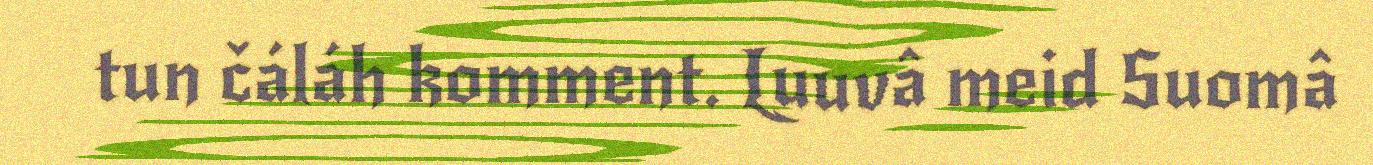
tun čáláh komment. Luuvâ meid Suomâ